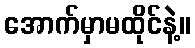
အောက်မှာမထိုင်နဲ့။